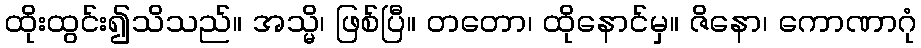
ထိုးထွင်း၍သိသည်။ အသ္မိ၊ ဖြစ်ပြီ။ တတော၊ ထိုနောင်မှ။ ဇိနော၊ ကောဏာဂုံ